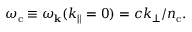
\omega _ { \mathrm { c } } \equiv \omega _ { { \bf k } } ( k _ { \parallel } = 0 ) = c k _ { \perp } / n _ { \mathrm { c } } .